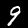
Label: 9